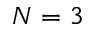
N = 3